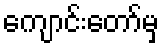
ကျောင်းတော်မှ